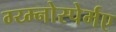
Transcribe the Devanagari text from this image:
ग्य्म्नोस्पेर्मए